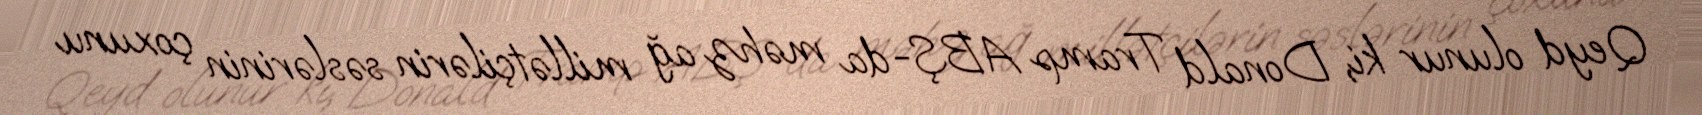
Qeyd olunur ki, Donald Tramp ABŞ-da məhz ağ millətçilərin səslərinin çoxunu